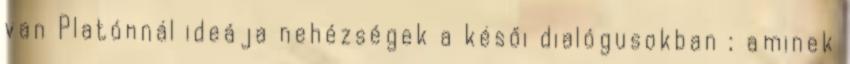
van Platónnál ideája nehézségek a késői dialógusokban ; aminek